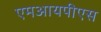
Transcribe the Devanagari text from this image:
एमआयपीएस